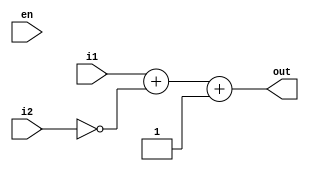
`timescale 1ns/1ns
module Subtractor (
    i1,
    i2,
    en,
    out
);

    parameter size = 5;

    input en;
    input [size-1:0]i1;
    input [size-1:0]i2;

    output [size:0]out;

    assign out = i1 + ~(i2) + 1;

endmodule